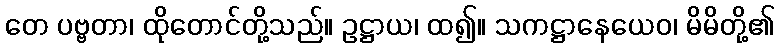
တေ ပဗ္ဗတာ၊ ထိုတောင်တို့သည်။ ဥဋ္ဌာယ၊ ထ၍။ သကဋ္ဌာနေယေဝ၊ မိမိတို့၏